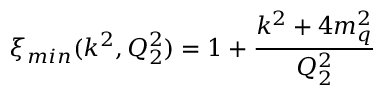
\xi _ { m i n } ( k ^ { 2 } , Q _ { 2 } ^ { 2 } ) = 1 + { \frac { k ^ { 2 } + 4 m _ { q } ^ { 2 } } { Q _ { 2 } ^ { 2 } } }